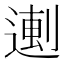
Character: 𬨼